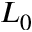
L _ { 0 }